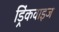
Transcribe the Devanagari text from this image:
ड्रिंकवाइज